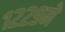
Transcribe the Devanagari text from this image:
१२२९मे